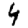
Digit: 4